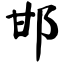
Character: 邯